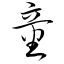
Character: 童